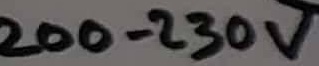
Text: 200-230V